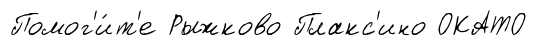
Помог'и́т'е Рыжково Плакс'ино ОКАТО